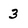
Character: 3